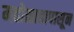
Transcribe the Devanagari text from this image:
महोत्सवापासून